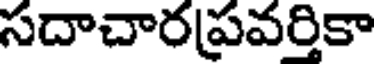
సదాచారప్రవర్తికా